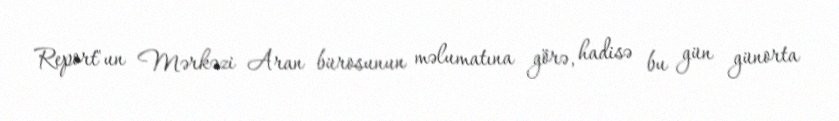
Report"un Mərkəzi Aran bürosunun məlumatına görə, hadisə bu gün günorta